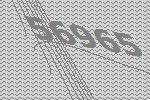
56965